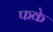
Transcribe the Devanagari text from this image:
फके